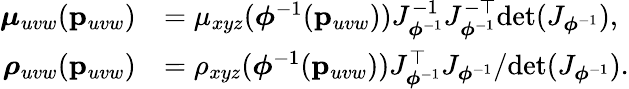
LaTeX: \begin{array}{rl}{\boldsymbol\mu_{uvw}(\mathbf{p}_{uvw})}&{=\mu_{xyz}(\boldsymbol\phi^{-1}(\mathbf{p}_{uvw}))J_{\boldsymbol\phi^{-1}}^{-1}J_{\boldsymbol\phi^{-1}}^{-\top}\mathrm{det}(J_{\boldsymbol\phi^{-1}}),}\\ {\boldsymbol\rho_{uvw}(\mathbf{p}_{uvw})}&{=\rho_{xyz}(\boldsymbol\phi^{-1}(\mathbf{p}_{uvw}))J_{\boldsymbol\phi^{-1}}^{\top}J_{\boldsymbol\phi^{-1}}/\mathrm{det}(J_{\boldsymbol\phi^{-1}}).}\end{array}